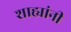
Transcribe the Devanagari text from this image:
शाह्यांनी